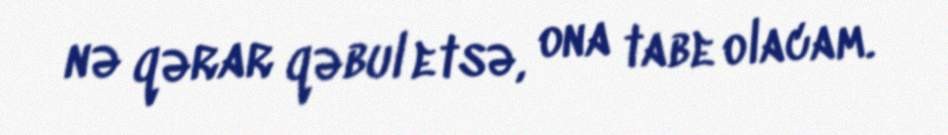
nə qərar qəbul etsə, ona tabe olacam.